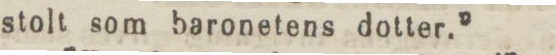
stolt som baronetens dotter.”